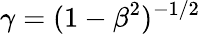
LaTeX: \gamma=(1-\beta^{2})^{-1/2}